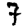
Digit: 7